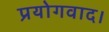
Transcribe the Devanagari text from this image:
प्रयोगवाद।